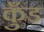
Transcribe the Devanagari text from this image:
कुँड